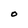
Character: O